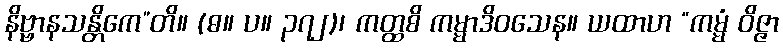
နိဗ္ဗာနသန္တိကေ”တိ။ (ဓ။ ပ။ ၃၇၂)၊ ကတ္ထစိ ကမ္မာဒိဝသေန။ ယထာဟ “ကမ္မံ ဝိဇ္ဇာ